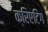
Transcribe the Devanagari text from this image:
क्रिएटिंग